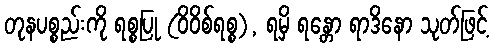
တုနပစ္စည်းကို ရစ္စပြု (ဝိဝိစ်ရစ္စ), ရမှိ ရန္တော ရာဒိနော သုတ်ဖြင့်